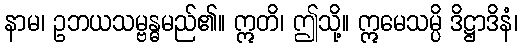
နာမ၊ ဥဘယသမ္ဗန္ဓမည်၏။ ဣတိ၊ ဤသို့။ ဣမေသမ္ပိ ဒိဋ္ဌာဒိနံ၊